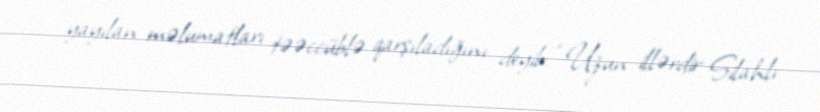
yayılan məlumatları təəccüblə qarşıladığını deyib: “Uzun illərdir Silahlı